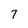
Character: 7